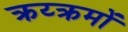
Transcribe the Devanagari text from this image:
क्रय्क्रमों